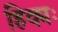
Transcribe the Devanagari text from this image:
हिक्मः